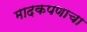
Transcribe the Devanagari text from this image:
मादकपणाचा